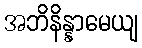
အဘိနိန္နာမေယျ